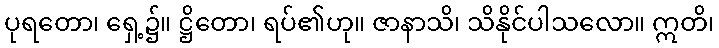
ပုရတော၊ ရှေ့၌။ ဋ္ဌိတော၊ ရပ်၏ဟု။ ဇာနာသိ၊ သိနိုင်ပါသလော။ ဣတိ၊